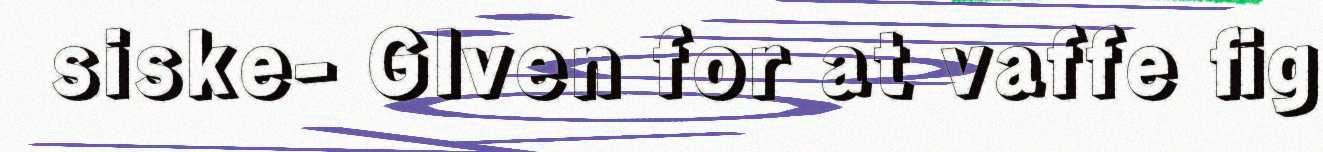
siske- Glven for at vaffe fig